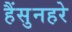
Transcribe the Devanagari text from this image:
हैंसुनहरे